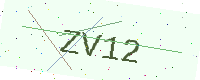
Text: ZV12